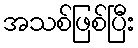
အသစ်ဖြစ်ပြီး